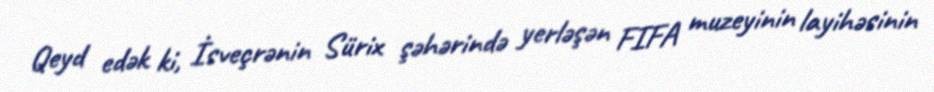
Qeyd edək ki, İsveçrənin Sürix şəhərində yerləşən FIFA muzeyinin layihəsinin